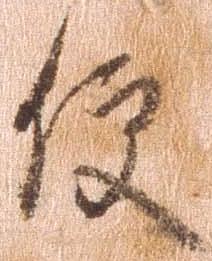
便